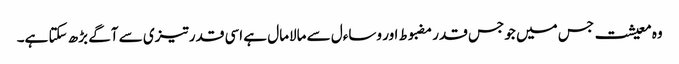
وہ معیشت جس میں جو جس قدر مضبوط اور وساءل سے مالامال ہے اسی قدر تیزی سے آگے بڑھ سکتا ہے۔